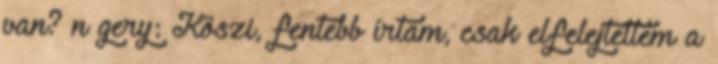
van? n gery: Köszi, fentebb írtam, csak elfelejtettem a